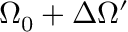
\Omega _ { 0 } + \Delta \Omega ^ { \prime }